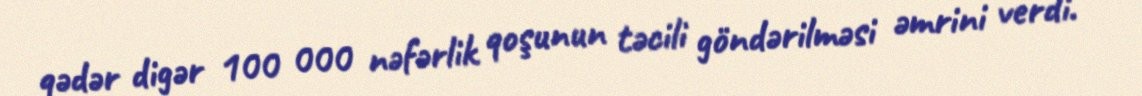
qədər digər 100 000 nəfərlik qoşunun təcili göndərilməsi əmrini verdi.